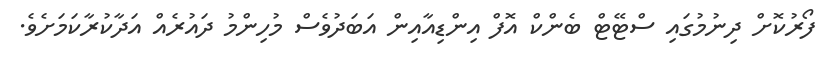
ފޯރުކޮށް ދިނުމުގައި ސްޓޭޓް ބެންކް އޮފް އިންޑިއާއިން އަބަދުވެސް މުހިންމު ދައުރެއް އަދާކުރާކަމަށެވެ.